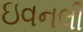
ઇવનલી